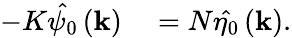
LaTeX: \begin{array}{rl}{-K\hat{\psi_{0}}\left(\mathbf{k}\right)}&{{}=N\hat{\eta_{0}}\left(\mathbf{k}\right).}\end{array}